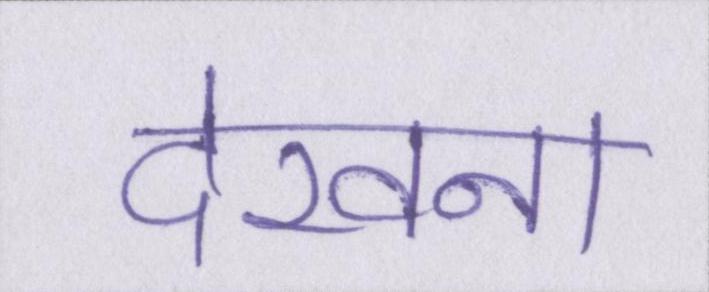
देखना